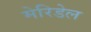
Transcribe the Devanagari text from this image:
मेरिडेल